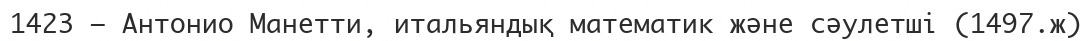
1423 — Антонио Манетти, итальяндық математик және сәулетші (1497.ж)